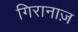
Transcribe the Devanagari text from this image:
गिरानाज़